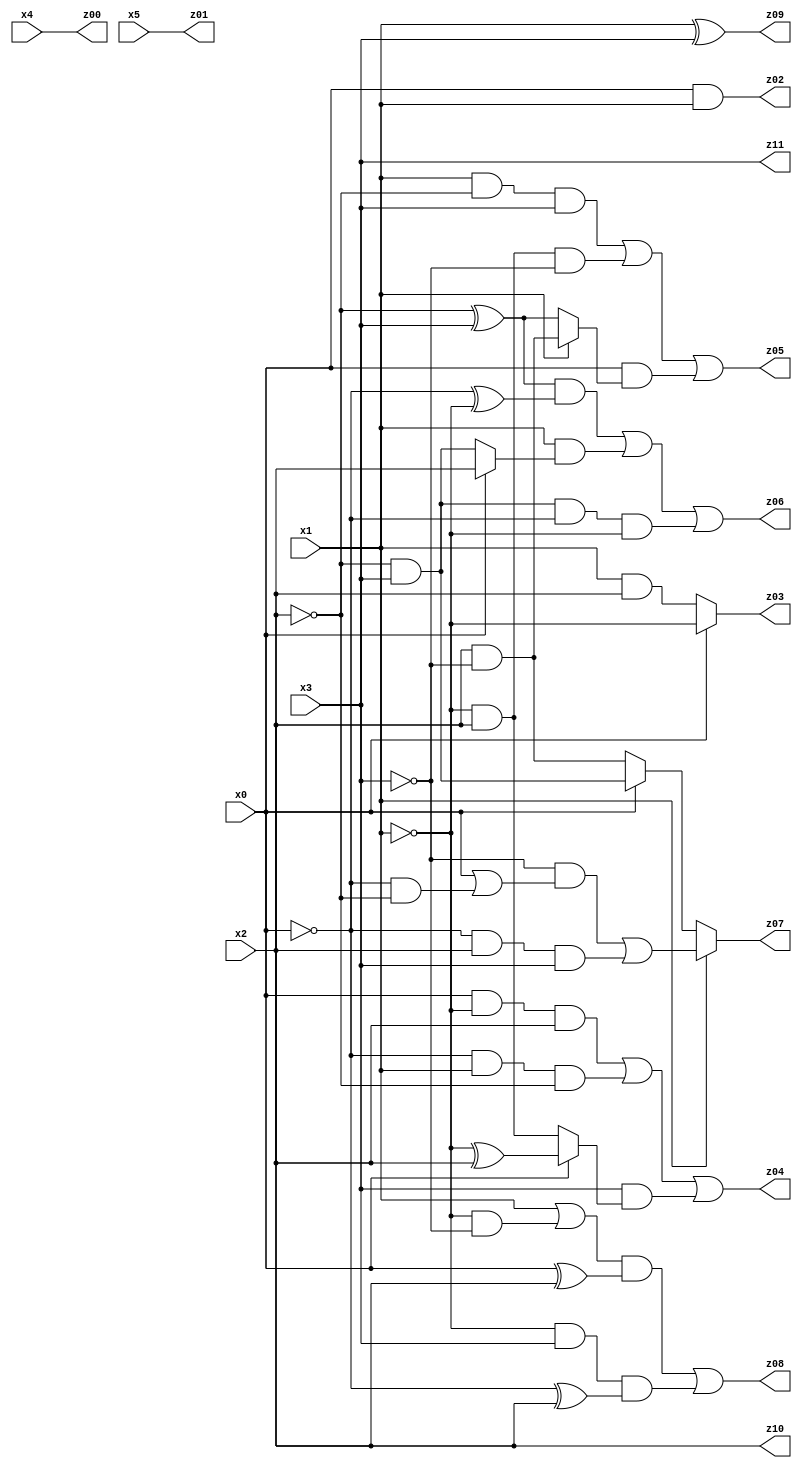
// Benchmark "X_11" written by ABC on Fri May 26 04:01:47 2023

module X_11 ( 
    x0, x1, x2, x3, x4, x5,
    z00, z01, z02, z03, z04, z05, z06, z07, z08, z09, z10, z11  );
  input  x0, x1, x2, x3, x4, x5;
  output z00, z01, z02, z03, z04, z05, z06, z07, z08, z09, z10, z11;
  assign z00 = x4;
  assign z01 = x5;
  assign z02 = x0 & x1;
  assign z03 = x0 ? ~x1 : (x1 & x2);
  assign z04 = (x0 & ~x1 & x2) | (~x0 & x1 & ~x2) | (x3 & (x0 ? (~x1 ^ x2) : (~x1 & x2)));
  assign z05 = (x1 & ~x2 & x3) | (~x1 & x2 & ~x3) | (x0 & (x1 ? (x2 & ~x3) : (~x2 ^ x3)));
  assign z06 = ((~x2 ^ x3) & (~x0 ^ ~x1)) | (x1 & (x0 ? x2 : (~x2 & x3))) | (~x2 & x3 & ~x0 & ~x1);
  assign z07 = x1 ? ((~x3 & (x0 | (~x0 & ~x2))) | (~x0 & x2 & x3)) : (x0 ? (~x2 & x3) : (x2 & ~x3));
  assign z08 = ((x1 | (~x1 & ~x3)) & (x0 ^ x2)) | (~x1 & x3 & (~x0 ^ x2));
  assign z09 = x1 ^ x3;
  assign z10 = x2;
  assign z11 = x3;
endmodule